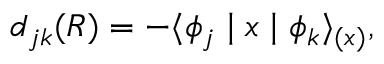
d _ { j k } ( R ) = - \langle \phi _ { j } \mid x \mid \phi _ { k } \rangle _ { ( x ) } ,